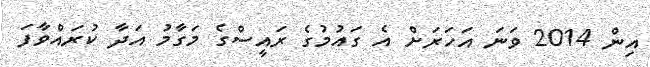
އިން 2014 ވަނަ އަހަރަށް އެ ގައުމުގެ ރައީސްގެ މަގާމު އަދާ ކުރައްވާފަ